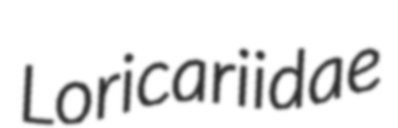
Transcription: Loricariidae